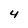
Character: 4